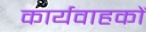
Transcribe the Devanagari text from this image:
कार्यवाहकों